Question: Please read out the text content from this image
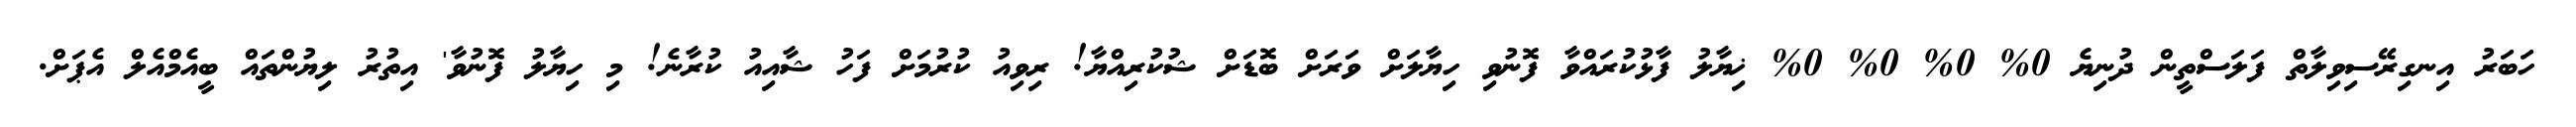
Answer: ހަބަރު އިނގިރޭސިވިލާތް ފަލަސްތީން ދުނިޔެ 0% 0% 0% 0% ޚިޔާލު ފާޅުކުރައްވާ ފޮނުވި ހިޔާލަށް ވަރަށް ބޮޑަށް ޝުކުރިއްޔާ! ރިވިއު ކުރުމަށް ފަހު ޝާއިއު ކުރާނެ! މި ހިޔާލު ފޮނުވާ' އިތުރު ލިޔުންތައް ބީއެމްއެލް އެޕަށް.